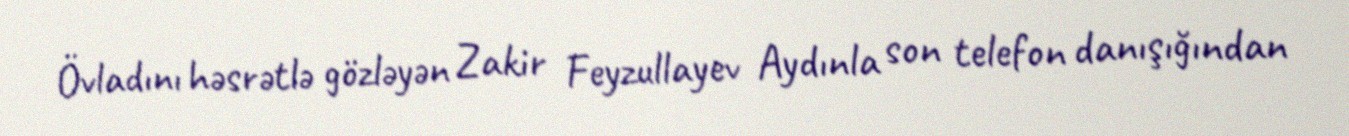
Övladını həsrətlə gözləyən Zakir Feyzullayev Aydınla son telefon danışığından